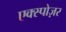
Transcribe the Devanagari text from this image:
एक्स्पोज़र